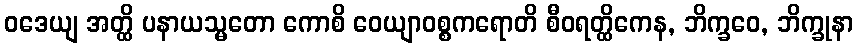
ဝဒေယျ အတ္ထိ ပနာယသ္မတော ကောစိ ဝေယျာဝစ္စကရောတိ စီဝရတ္ထိကေန, ဘိက္ခဝေ, ဘိက္ခုနာ